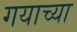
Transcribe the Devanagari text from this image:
गयाच्या